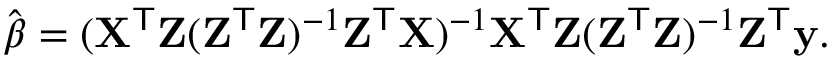
{ \hat { \boldsymbol { \beta } } } = ( \mathbf { X } ^ { \mathsf { T } } \mathbf { Z } ( \mathbf { Z } ^ { \mathsf { T } } \mathbf { Z } ) ^ { - 1 } \mathbf { Z } ^ { \mathsf { T } } \mathbf { X } ) ^ { - 1 } \mathbf { X } ^ { \mathsf { T } } \mathbf { Z } ( \mathbf { Z } ^ { \mathsf { T } } \mathbf { Z } ) ^ { - 1 } \mathbf { Z } ^ { \mathsf { T } } \mathbf { y } .